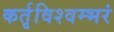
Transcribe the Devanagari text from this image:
कर्तृविश्वम्भरं